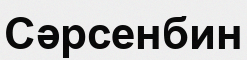
Сәрсенбин